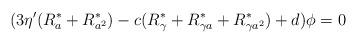
LaTeX: \begin{align*}(3\eta^\prime(R^\ast_a+R^\ast_{a^2})-c(R^\ast_\gamma+R^\ast_{\gamma a}+R^\ast_{\gamma a^2}) +d)\phi=0\end{align*}